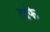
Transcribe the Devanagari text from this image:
ताफे